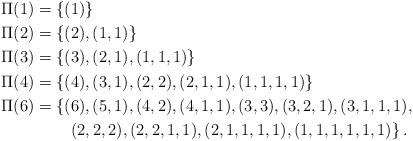
LaTeX: \begin{align*} \Pi(1) &= \{(1)\}\\ \Pi(2) &= \{(2), (1,1)\}\\ \Pi(3) &= \{(3), (2,1), (1,1,1)\}\\ \Pi(4) &= \{(4), (3,1), (2,2), (2,1,1), (1,1,1,1)\}\\ \Pi(6) &= \left\{(6), (5,1), (4,2), (4,1,1), (3,3), (3,2,1), (3,1,1,1),\right.\\ &\ \ \ \ \ \ \left.(2,2,2), (2,2,1,1), (2,1,1,1,1), (1,1,1,1,1,1)\right\}. \end{align*}